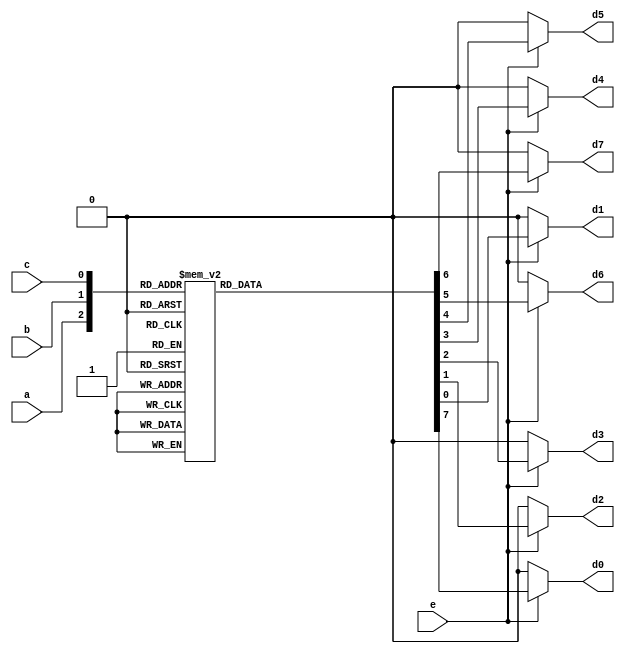
`timescale 1ns / 1ps
//////////////////////////////////////////////////////////////////////////////////
// Company: 
// Engineer: 
// 
// Design Name: 
// Module Name: Decoder_Behavioral
// Project Name: 
// Target Devices: 
// Tool Versions: 
// Description: 
// 
// Dependencies: 
// 
// Revision:
// Revision 0.01 - File Created
// Additional Comments:
// 
//////////////////////////////////////////////////////////////////////////////////


module Decoder_behavioral(
    input e,
    input a,
    input b,
    input c,
    output reg d0,
    output reg d1,
    output reg d2,
    output reg d3,
    output reg d4,
    output reg d5,
    output reg d6,
    output reg d7
    );
    
    always @(e, a, b, c)
    begin
    
    d0=1'b0; d1=1'b0; d2=1'b0; d3=1'b0; d4=1'b0; d5=1'b0; d6=1'b0; d7=1'b0;
    
    if (e==1'b1)
        case ({a, b, c})
        3'b000 : d0 = 1'b1;
        3'b001 : d1 = 1'b1;
        3'b010 : d2 = 1'b1;
        3'b011 : d3 = 1'b1;
        3'b100 : d4 = 1'b1;
        3'b101 : d5 = 1'b1;
        3'b110 : d6 = 1'b1;
        3'b111 : d7 = 1'b1;
        default : begin
            d0=1'b0; d1=1'b0; d2=1'b0; d3=1'b0; d4=1'b0; d5=1'b0; d6=1'b0; d7=1'b0;
            end
        endcase
    end
    
endmodule